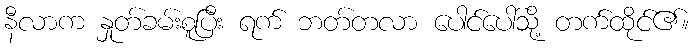
နီလာက နှုတ်ခမ်းစူပြီး ရက် ဘတ်တလာ ပေါင်ပေါ်သို့ တက်ထိုင်၏။